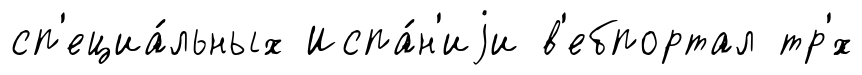
сп'ециа́льных Испа́н'иjи в'ебпортал тр'́х